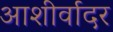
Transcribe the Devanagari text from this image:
आशीर्वादर